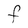
Character: F